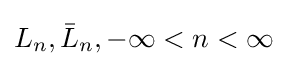
L_{n},{\bar {L}}_{n},-\infty <n<\infty